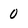
Character: 0